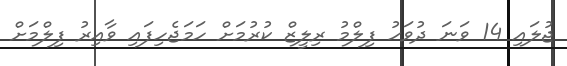
ޖުލައި 14 ވަނަ ދުވަހު ފިލްމު ރިލީޒް ކުރުމަށް ހަމަޖެހިފައި ވާއިރު ފިލްމަށް